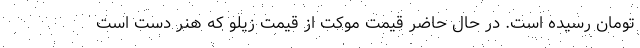
تومان رسیده است. در حال حاضر قیمت موکت از قیمت زیلو که هنر دست است